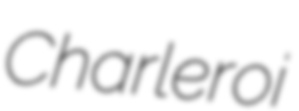
Charleroi